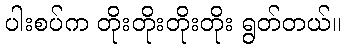
ပါးစပ်က တိုးတိုးတိုးတိုး ရွတ်တယ်။